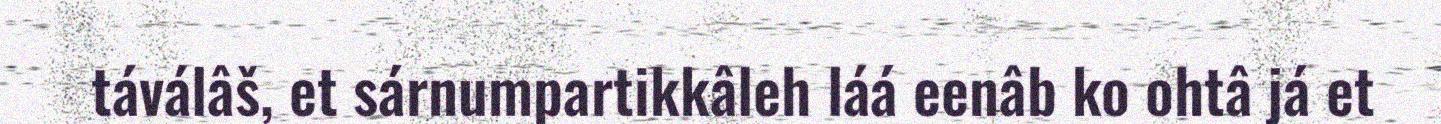
táválâš, et sárnumpartikkâleh láá eenâb ko ohtâ já et